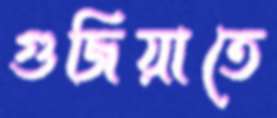
গুজিয়াতে